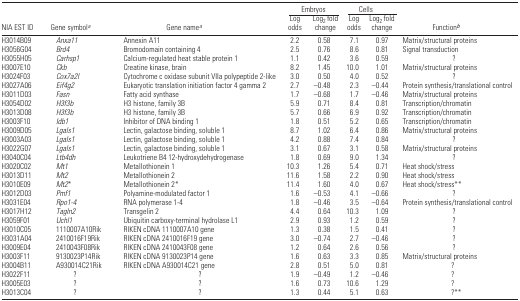
<table><thead><tr><td></td><td></td><td></td><td colspan="2"><b>Embryos</b></td><td colspan="2"><b>Cells</b></td><td></td></tr><tr><td><b>NIA EST ID</b></td><td><b>Gene symbol<i><sup>a</sup></i></b></td><td><b>Gene name<i><sup>a</sup></i></b></td><td><b>Log odds</b></td><td><b>Log<sub>2</sub> fold change</b></td><td><b>Log odds</b></td><td><b>Log<sub>2</sub> fold change</b></td><td><b>Function<i><sup>b</sup></i></b></td></tr></thead><tbody><tr><td>H3014B09</td><td><i>Anxa11</i></td><td>Annexin A11</td><td>2.2</td><td>0.58</td><td>7.1</td><td>0.97</td><td>Matrix/structural proteins</td></tr><tr><td>H3056G04</td><td><i>Brd4</i></td><td>Bromodomain containing 4</td><td>2.5</td><td>0.76</td><td>8.6</td><td>0.81</td><td>Signal transduction</td></tr><tr><td>H3055H05</td><td><i>Carhsp1</i></td><td>Calcium-regulated heat stable protein 1</td><td>1.1</td><td>0.42</td><td>3.6</td><td>0.59</td><td>?</td></tr><tr><td>H3007E10</td><td><i>Ckb</i></td><td>Creatine kinase, brain</td><td>8.2</td><td>1.45</td><td>10.0</td><td>1.01</td><td>Matrix/structural proteins</td></tr><tr><td>H3024F03</td><td><i>Cox7a2l</i></td><td>Cytochrome c oxidase subunit VIIa polypeptide 2-like</td><td>3.0</td><td>0.50</td><td>4.0</td><td>0.52</td><td>?</td></tr><tr><td>H3027A06</td><td><i>Eif4g2</i></td><td>Eukaryotic translation initiation factor 4 gamma 2</td><td>2.7</td><td>−0.48</td><td>2.3</td><td>−0.44</td><td>Protein synthesis/translational control</td></tr><tr><td>H3011D03</td><td><i>Fasn</i></td><td>Fatty acid synthase</td><td>1.7</td><td>−0.68</td><td>1.7</td><td>−0.46</td><td>Matrix/structural proteins</td></tr><tr><td>H3054D02</td><td><i>H3f3b</i></td><td>H3 histone, family 3B</td><td>5.9</td><td>0.71</td><td>8.4</td><td>0.81</td><td>Transcription/chromatin</td></tr><tr><td>H3013D08</td><td><i>H3f3b</i></td><td>H3 histone, family 3B</td><td>5.7</td><td>0.66</td><td>6.9</td><td>0.92</td><td>Transcription/chromatin</td></tr><tr><td>H3003F10</td><td><i>Idb1</i></td><td>Inhibitor of DNA binding 1</td><td>1.8</td><td>0.51</td><td>5.2</td><td>0.65</td><td>Transcription/chromatin</td></tr><tr><td>H3009D05</td><td><i>Lgals1</i></td><td>Lectin, galactose binding, soluble 1</td><td>8.7</td><td>1.02</td><td>6.4</td><td>0.86</td><td>Matrix/structural proteins</td></tr><tr><td>H3003A03</td><td><i>Lgals1</i></td><td>Lectin, galactose binding, soluble 1</td><td>4.2</td><td>0.88</td><td>7.4</td><td>0.84</td><td>?</td></tr><tr><td>H3022G07</td><td><i>Lgals1</i></td><td>Lectin, galactose binding, soluble 1</td><td>3.1</td><td>0.67</td><td>3.1</td><td>0.58</td><td>Matrix/structural proteins</td></tr><tr><td>H3040C04</td><td><i>Ltb4dh</i></td><td>Leukotriene B4 12-hydroxydehydrogenase</td><td>1.8</td><td>0.69</td><td>9.0</td><td>1.34</td><td>?</td></tr><tr><td>H3020C02</td><td><i>Mt1</i></td><td>Metallothionein 1</td><td>10.3</td><td>1.26</td><td>5.4</td><td>0.71</td><td>Heat shock/stress</td></tr><tr><td>H3013D11</td><td><i>Mt2</i></td><td>Metallothionein 2</td><td>11.6</td><td>1.58</td><td>2.2</td><td>0.90</td><td>Heat shock/stress</td></tr><tr><td>H3010E09</td><td><i>Mt2</i>*</td><td>Metallothionein 2*</td><td>11.4</td><td>1.60</td><td>4.0</td><td>0.67</td><td>Heat shock/stress**</td></tr><tr><td>H3012D03</td><td><i>Pmf1</i></td><td>Polyamine-modulated factor 1</td><td>1.6</td><td>−0.53</td><td>4.1</td><td>−0.66</td><td>?</td></tr><tr><td>H3031E04</td><td><i>Rpo1-4</i></td><td>RNA polymerase 1–4</td><td>1.8</td><td>−0.46</td><td>3.5</td><td>−0.64</td><td>Protein synthesis/translational control</td></tr><tr><td>H3017H12</td><td><i>Tagln2</i></td><td>Transgelin 2</td><td>4.4</td><td>0.64</td><td>10.3</td><td>1.09</td><td>?</td></tr><tr><td>H3059F01</td><td><i>Uchl1</i></td><td>Ubiquitin carboxy-terminal hydrolase L1</td><td>2.9</td><td>0.93</td><td>1.2</td><td>0.59</td><td>?</td></tr><tr><td>H3010C05</td><td>1110007A10Rik</td><td>RIKEN cDNA 1110007A10 gene</td><td>1.3</td><td>0.38</td><td>1.5</td><td>0.41</td><td>?</td></tr><tr><td>H3031A04</td><td>2410016F19Rik</td><td>RIKEN cDNA 2410016F19 gene</td><td>3.0</td><td>−0.74</td><td>2.7</td><td>−0.46</td><td>?</td></tr><tr><td>H3009E04</td><td>2410043F08Rik</td><td>RIKEN cDNA 2410043F08 gene</td><td>1.2</td><td>0.64</td><td>2.6</td><td>0.56</td><td>?</td></tr><tr><td>H3003F11</td><td>9130023P14Rik</td><td>RIKEN cDNA 9130023P14 gene</td><td>1.6</td><td>0.63</td><td>3.3</td><td>0.85</td><td>Matrix/structural proteins</td></tr><tr><td>H3004B11</td><td>A930014C21Rik</td><td>RIKEN cDNA A930014C21 gene</td><td>2.8</td><td>0.51</td><td>5.0</td><td>0.81</td><td>?</td></tr><tr><td>H3022F11</td><td>?</td><td>?</td><td>1.9</td><td>−0.49</td><td>1.2</td><td>−0.46</td><td>?</td></tr><tr><td>H3005E03</td><td>?</td><td>?</td><td>1.6</td><td>0.73</td><td>10.6</td><td>1.29</td><td>?</td></tr><tr><td>H3013C04</td><td>?</td><td>?</td><td>1.3</td><td>0.44</td><td>5.1</td><td>0.63</td><td>?**</td></tr></tbody></table>